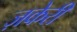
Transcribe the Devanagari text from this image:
ज़केरी